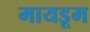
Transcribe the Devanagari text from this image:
मायडूम